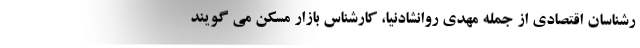
رشناسان اقتصادی از جمله مهدی روانشادنیا، کارشناس بازار مسکن می گویند